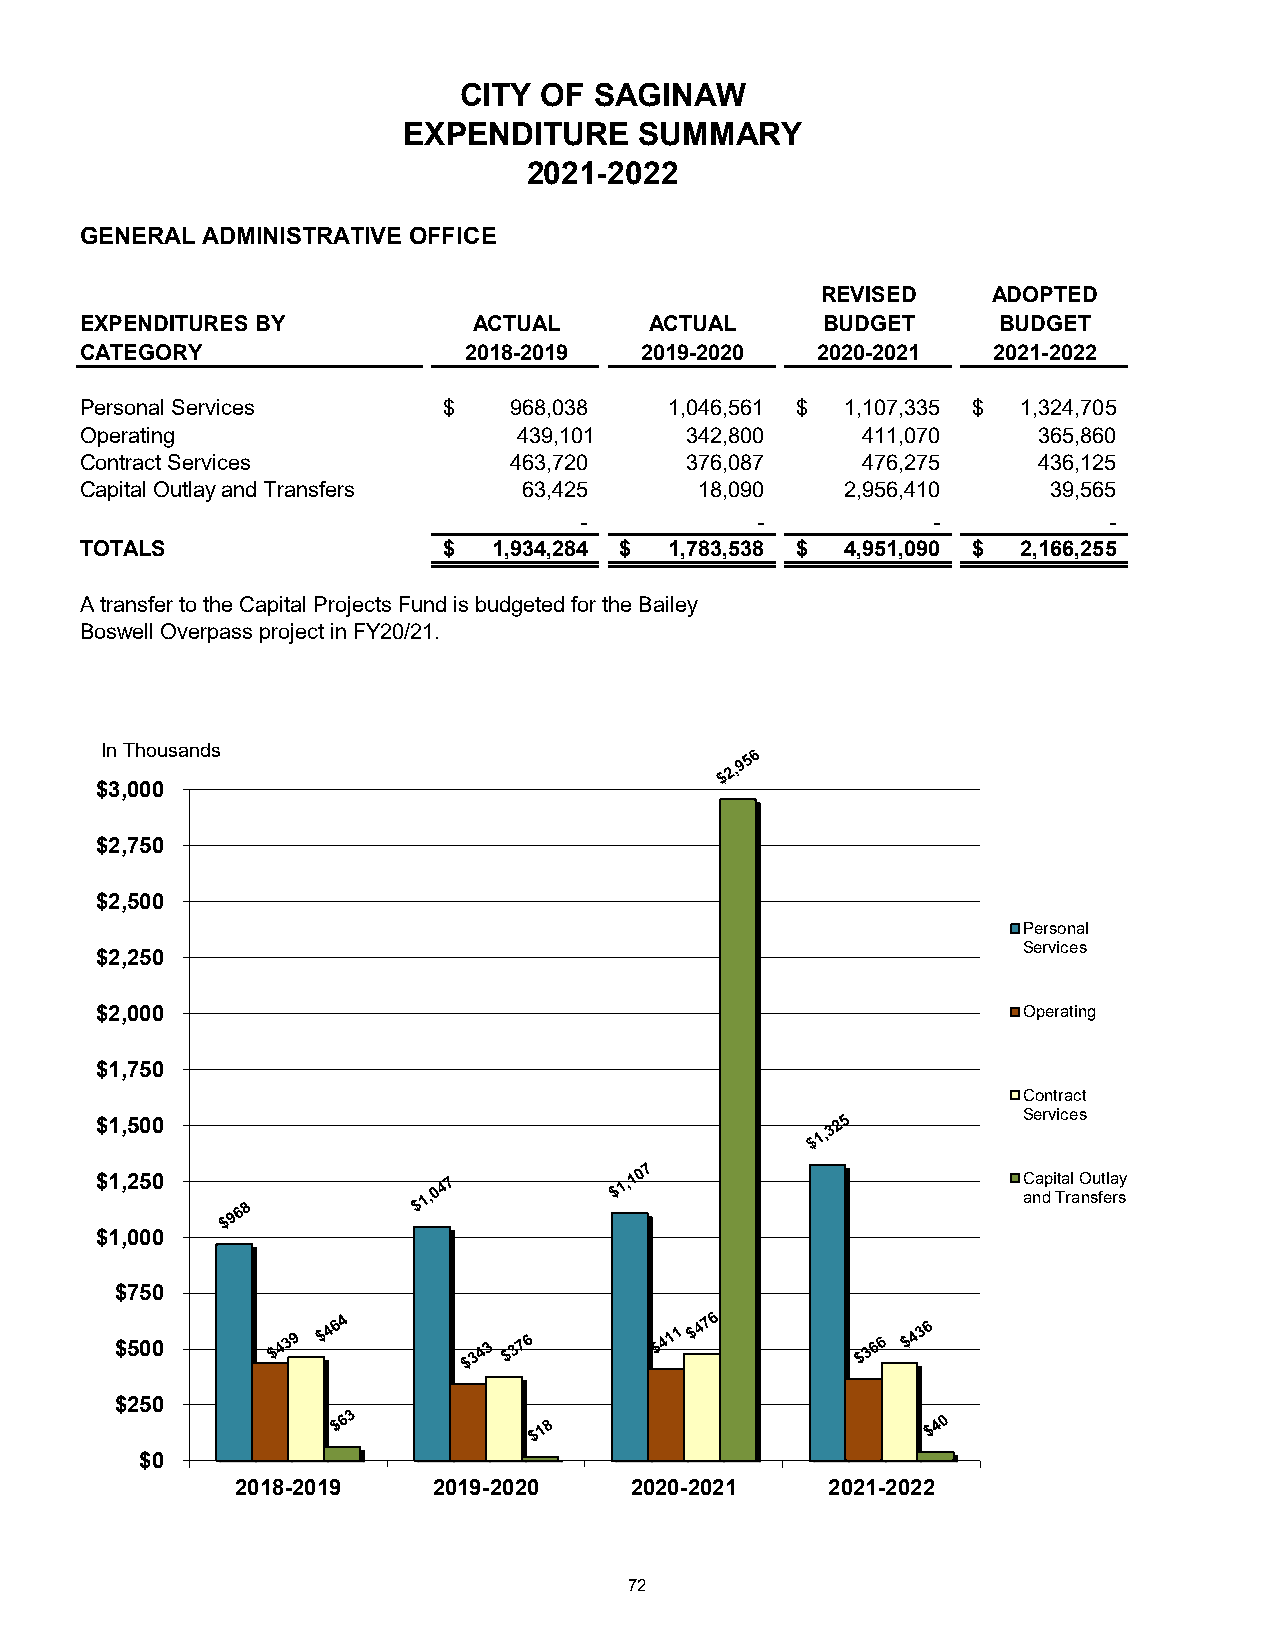
CITY  OF SAGINAW
 EXPENDITURE    SUMMARY
 2021-2022
 GENERAL ADMINISTRATIVE OFFICE
 REVISED     ADOPTED
 EXPENDITURES BY           ACTUAL      ACTUAL     BUDGET      BUDGET
 CATEGORY                  2018-2019  2019-2020   2020-2021   2021-2022
 Personal Services       $    968,038   1,046,561 $ 1,107,335 $ 1,324,705
 Operating                    439,101    342,800     411,070     365,860
 Contract Services            463,720    376,087     476,275     436,125
 Capital Outlay and Transfers  63,425     18,090    2,956,410     39,565
 -           -           -          -
 TOTALS                  $   1,934,284 $ 1,783,538 $ 4,951,090 $ 2,166,255
 A transfer to the Capital Projects Fund is budgeted for the Bailey
 Boswell Overpass project in FY20/21.
 In Thousands
 $3,000
 $2,750
 $2,500
 Personal
 Services
 $2,250
 $2,000                                                        Operating
 $1,750
 Contract
 Services
 $1,500
 $1,250                                                        Capital Outlay
 and Transfers
 $1,000
 $750
 $500
 $250
 $0
 2018-2019    2019-2020    2020-2021    2021-2022
 72